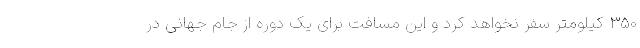
350 کیلومتر سفر نخواهد کرد و این مسافت برای یک دوره از جام جهانی در